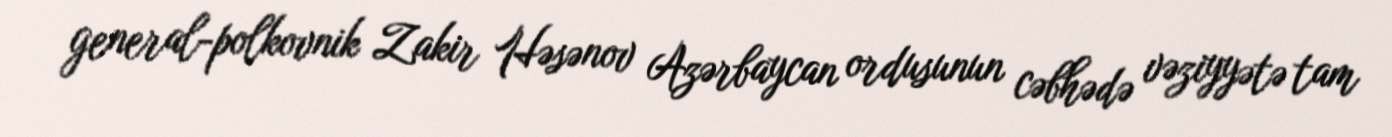
general-polkovnik Zakir Həsənov Azərbaycan ordusunun cəbhədə vəziyyətə tam